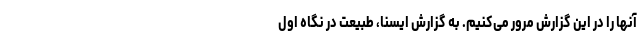
آنها را در این گزارش مرور می‌کنیم. به گزارش ایسنا، طبیعت در نگاه اول